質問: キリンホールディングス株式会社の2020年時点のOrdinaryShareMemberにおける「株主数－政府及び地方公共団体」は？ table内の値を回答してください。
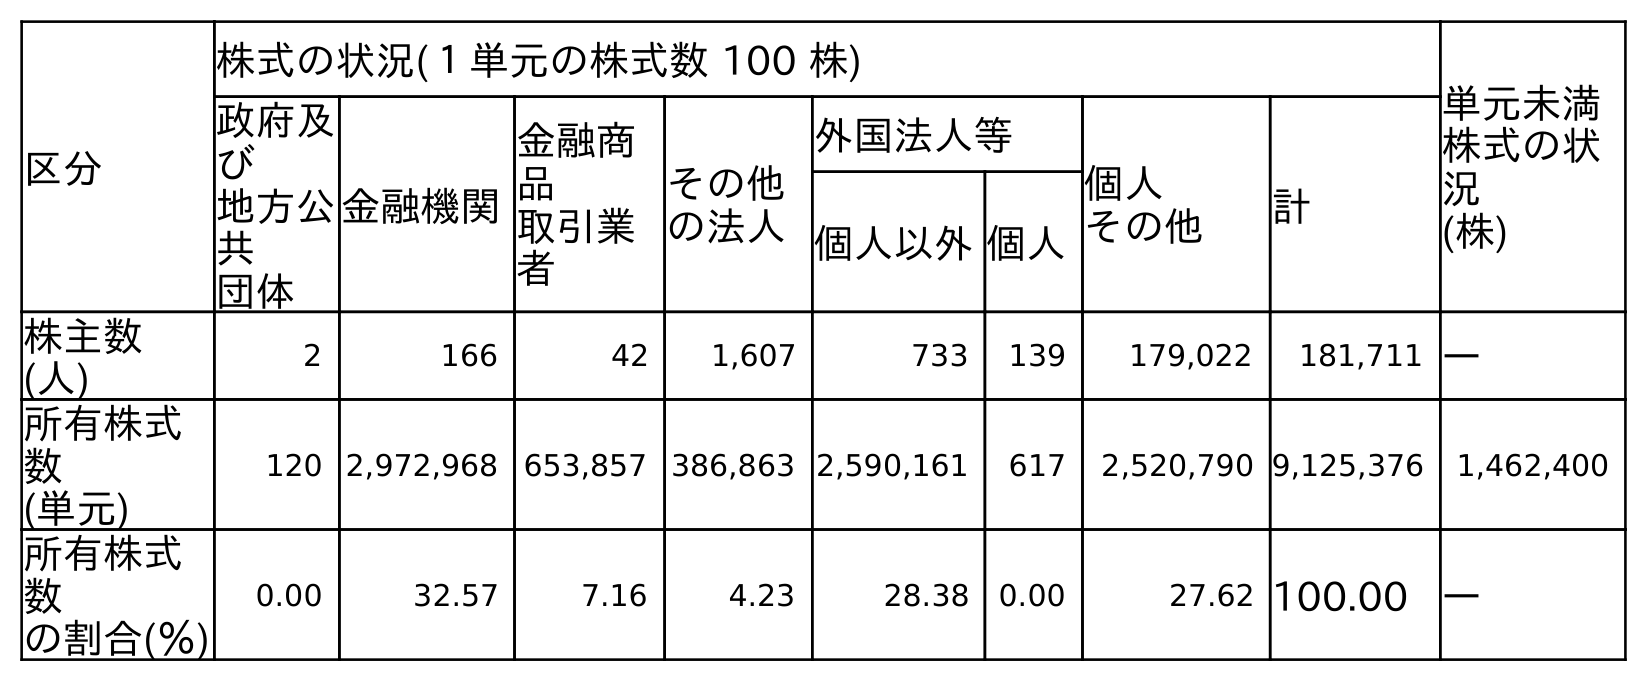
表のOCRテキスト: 区分 株式の状況(１単元の株式数 100 株) 単元未満 株式の状 況 (株) 政府及 び 地方公 共 団体 金融機関 金融商 品 取引業 者 その他 の法人 外国法人等 個人 その他 計 個人以外個人 株主数 (人) 2 166 42 1,607 733 139 179,022 181,711 ― 所有株式 数 (単元) 120 2,972,968 653,857 386,863 2,590,161 617 2,520,790 9,125,376 1,462,400 所有株式 数 の割合(％) 0.00 32.57 7.16 4.23 28.38 0.00 27.62 100.00 ―
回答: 2